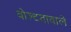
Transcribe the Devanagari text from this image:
वोल्टतावाले